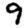
Digit: 9